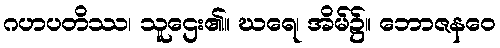
ဂဟပတိဿ၊ သူဌေး၏။ ဃရေ၊ အိမ်၌။ ဘောဇနဝေ